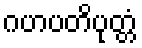
ဂဟပတိပုတ္တံ